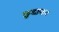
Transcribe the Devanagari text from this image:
छुडा़कर